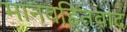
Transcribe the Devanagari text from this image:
मानवहितवाद